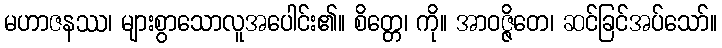
မဟာဇနဿ၊ များစွာသောလူအပေါင်း၏။ စိတ္တေ၊ ကို။ အာဝဇ္ဇိတေ၊ ဆင်ခြင်အပ်သော်။